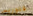
فلوريس